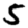
Digit: 5